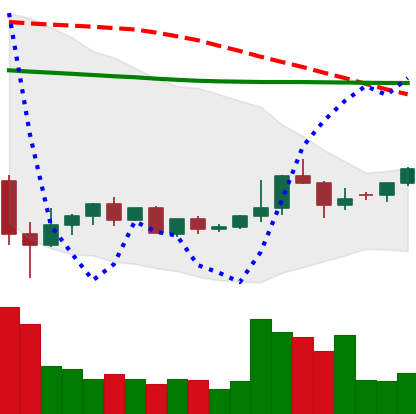
Ticker: ETC-USD
Chart end date: 2022-05-30
Forward return: -11.507%
Label: down_7plus